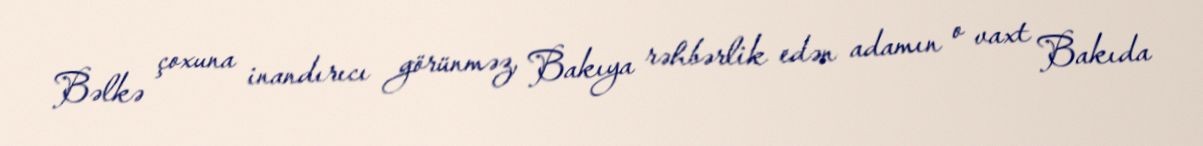
Bəlkə çoxuna inandırıcı görünməz, Bakıya rəhbərlik edən adamın o vaxt Bakıda